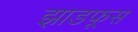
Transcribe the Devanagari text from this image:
झाडफूस